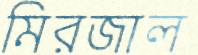
মিরজাল